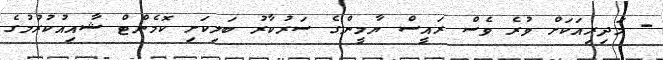
- މަދިރިއަކަށް ވުރެ ވެސް ރައީސް ޔާމީންގެ ސަރުކާރު ބަލިކަށި ކޮމެންޓް ޝާއިއުކުރުމުގެ